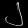
Digit: ၂